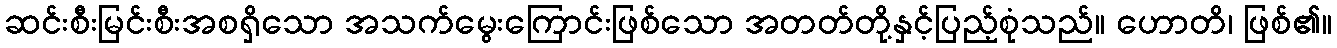
ဆင်းစီးမြင်းစီးအစရှိသော အသက်မွေးကြောင်းဖြစ်သော အတတ်တို့နှင့်ပြည့်စုံသည်။ ဟောတိ၊ ဖြစ်၏။